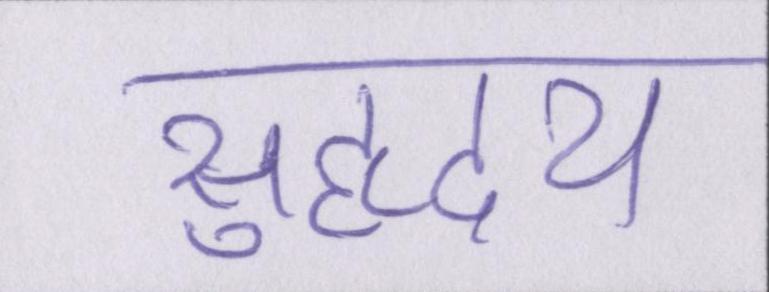
सुहृदय